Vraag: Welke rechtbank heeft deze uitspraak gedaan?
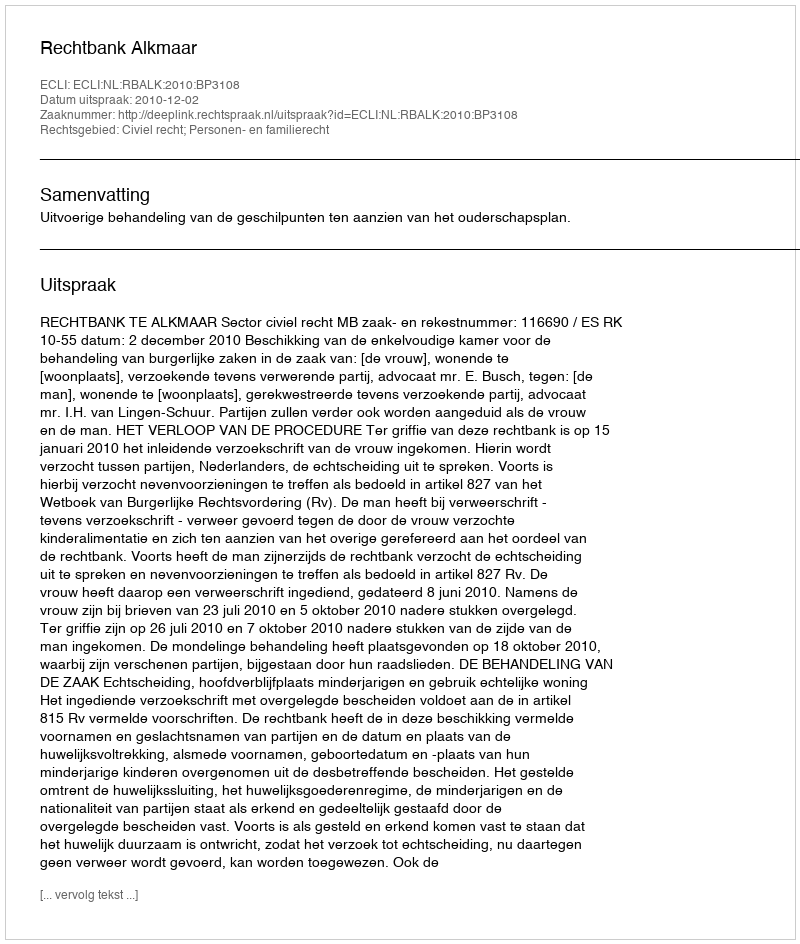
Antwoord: Rechtbank Alkmaar